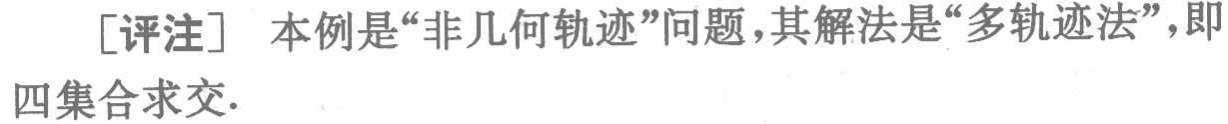
[评注] 本例是“非几何轨迹”问题，其解法是“多轨迹法”，即四集合求交.